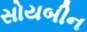
સોયબીન